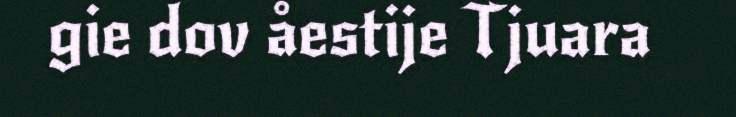
gie dov åestije Tjuara